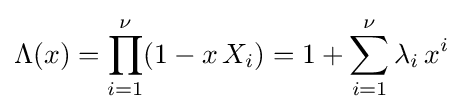
\Lambda (x)=\prod _{i=1}^{\nu }(1-x\,X_{i})=1+\sum _{i=1}^{\nu }\lambda _{i}\,x^{i}